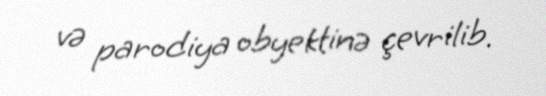
və parodiya obyektinə çevrilib.